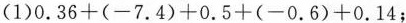
(1)$$0 . 3 6 ( - 7 . 4 ) + 0 . 5 + ( - 0 . 6) + 0 . 1 4$$；